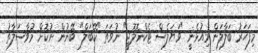
މިފަހަރު ބަލާލަން މިއުޅެނީ "ވަޔަލެސް ޓެކްނޮލޮޖީ" ނުވަތަ "ކޭބަލް" ބޭނުން ނުކޮށް މުވާސަލާތު